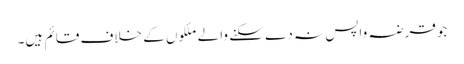
جو قرضہ واپس نہ دے سکنے والے ملکوں کے خلاف قائم ہیں۔